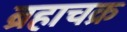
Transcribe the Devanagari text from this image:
ब्रहाचक्र